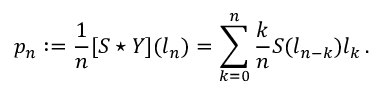
p _ { n } : = \frac { 1 } { n } [ S \star Y ] ( l _ { n } ) = \sum _ { k = 0 } ^ { n } \frac { k } { n } S ( l _ { n - k } ) l _ { k } \, .